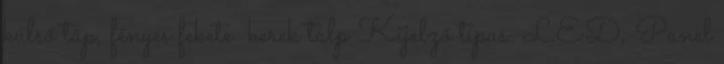
külső táp, fényes fekete kerek talp Kijelző típus: LED, Panel